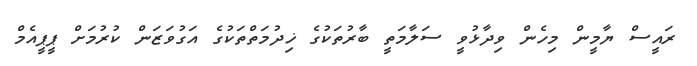
ރައީސް ޔާމީން މިހެން ވިދާޅުވީ ސަލާމަތީ ބާރުތަކުގެ ޚިދުމަތްތަކުގެ އަގުވަޒަން ކުރުމަށް ޕީޕީއެމް